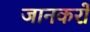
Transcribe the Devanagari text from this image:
जानकरों